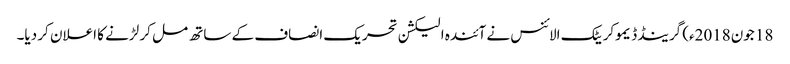
18 جون2018ء) گرینڈ ڈیموکریٹک الائنس نے آئندہ الیکشن تحریک انصاف کے ساتھ مل کر لڑنے کا اعلان کر دیا۔